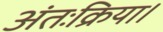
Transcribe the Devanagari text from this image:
अंतःक्रिया।